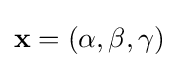
\mathbf {x} =(\alpha ,\beta ,\gamma )